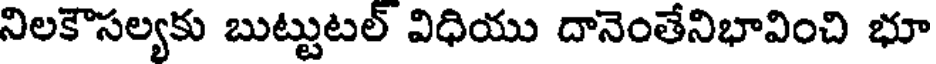
నిలకౌసల్యకు బుట్టుటల్ విధియు దానెంతేనిభావించి భూ